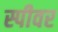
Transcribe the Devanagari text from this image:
स्पीवर